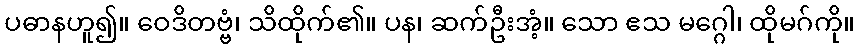
ပဓာနဟူ၍။ ဝေဒိတဗ္ဗံ၊ သိထိုက်၏။ ပန၊ ဆက်ဦးအံ့။ သော ဧသ မဂ္ဂေါ၊ ထိုမဂ်ကို။